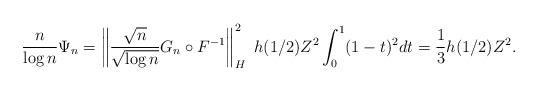
LaTeX: \begin{align*} \frac{n}{\log n}\Psi_n=\left\| \frac{\sqrt{n}}{\sqrt{\log n}} G_n \circ F^{-1} \right\|_H^2 \ h(1/2) Z^2\int_0^1 (1-t)^2 dt =\frac{1}{3} h(1/2) Z^2.\end{align*}